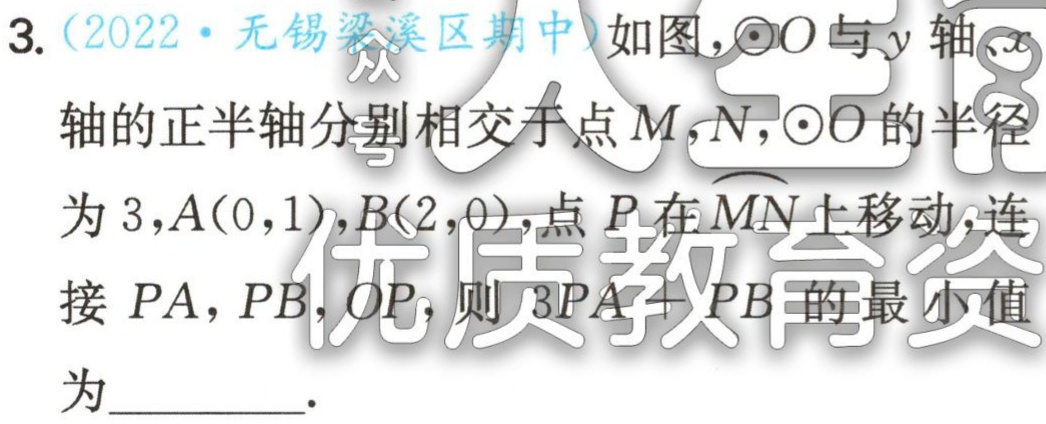
3. (2022·无锡梁溪区期中)如图，$\odot O$与$y$轴、$x$

轴的正半轴分别相交于点$M$，$N$，$\odot O$的半径

为$3$，$A(0,1)$，$B(2,0)$，点$P$在$\overset{\frown}{MN}$上移动，连

接$PA$，$PB$，$OP$，则$3PA + PB$的最小值

为  。